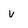
Character: v